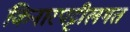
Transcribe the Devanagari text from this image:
किनारपट्टीलगत